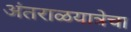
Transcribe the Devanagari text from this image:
अंतराळयात्रेचा